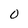
Character: 0